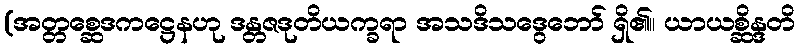
(အတ္တစ္ဆေဒကဋ္ဌေနဟု ဒန္တဇဒုတိယက္ခရာ အသဒိသဒွေဘော် ရှိ၏။ ယာယစ္ဆိန္ဒတိ